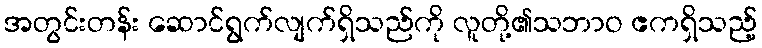
အတွင်းတန်း ဆောင်ရွက်လျက်ရှိသည်ကို လူတို့၏သဘာဝ ဧကရှိသည့်